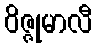
ဝိဇ္ဇုမာလီ